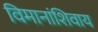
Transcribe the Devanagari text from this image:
विमानांशिवाय